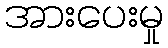
အားပေးမှု